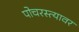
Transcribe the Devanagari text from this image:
पोचरस्त्यावर